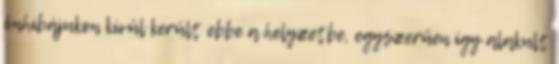
önhibájukon kívül került ebbe a helyzetbe, egyszerűen így alakult